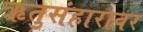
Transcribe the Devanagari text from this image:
ऋतुसंहारावर